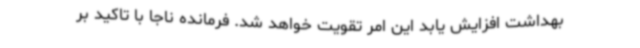
بهداشت افزایش یابد این امر تقویت خواهد شد. فرمانده ناجا با تاکید بر